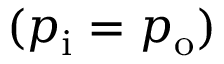
( p _ { \mathrm { { i } } } = p _ { \mathrm { { o } } } )